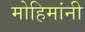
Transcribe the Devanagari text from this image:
मोहिमांनी